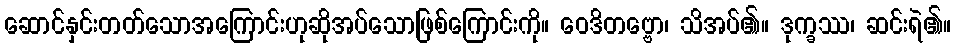
ဆောင်နှင်းတတ်သောအကြောင်းဟုဆိုအပ်သောဖြစ်ကြောင်းကို။ ဝေဒိတဗ္ဗော၊ သိအပ်၏။ ဒုက္ခဿ၊ ဆင်းရဲ၏။